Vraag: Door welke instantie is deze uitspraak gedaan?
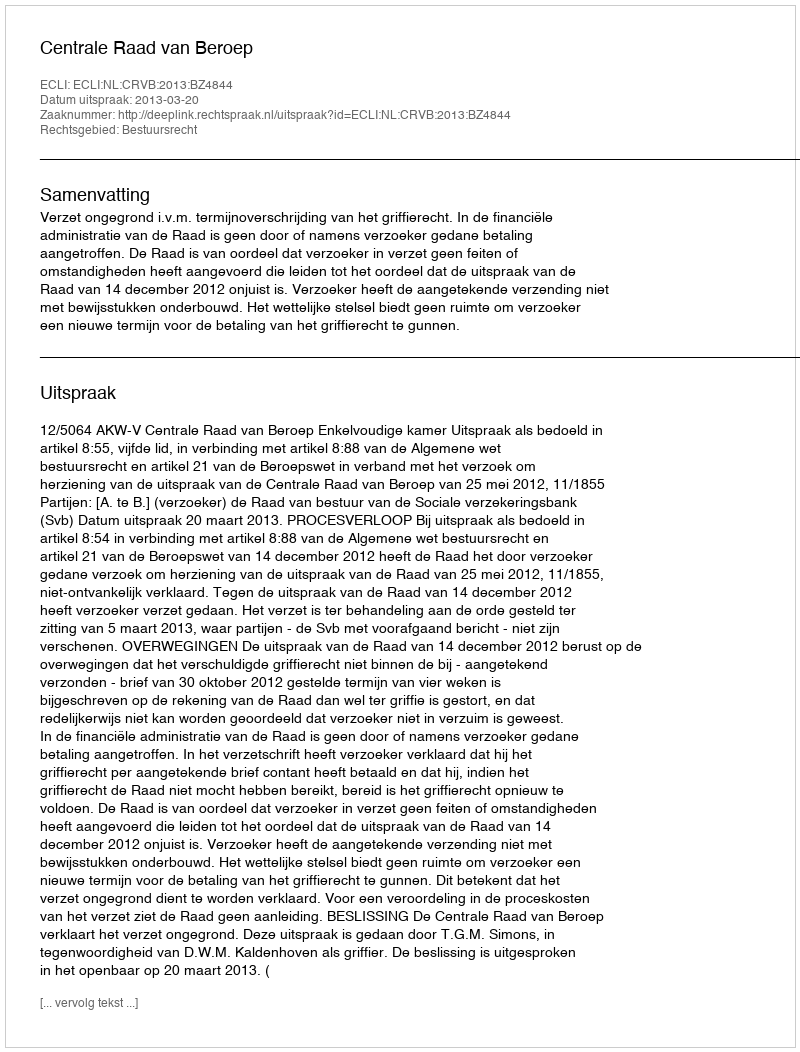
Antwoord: Centrale Raad van Beroep